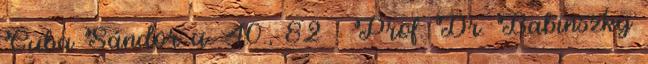
Guba Sándor u. 40., 82 : Prof. Dr. Babinszky